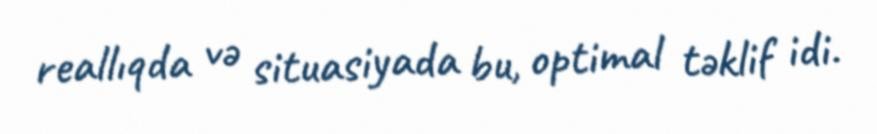
reallıqda və situasiyada bu, optimal təklif idi.